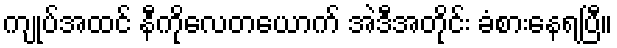
ကျုပ်အထင် နီကိုလေတယောက် အဲဒီအတိုင်း ခံစားနေရပြီ။